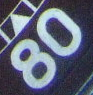
80